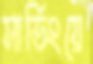
সার্ভিংয়ে